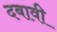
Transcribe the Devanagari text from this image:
दबावी